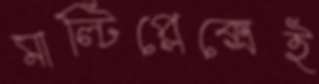
মাল্টিপ্লেক্সেই